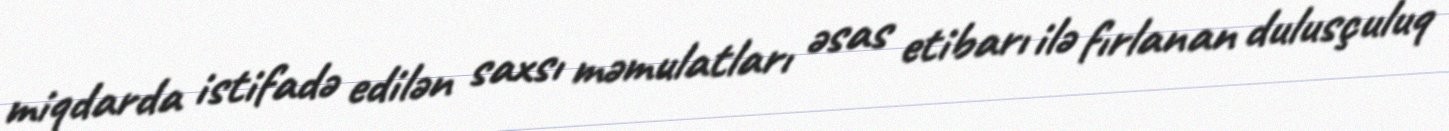
miqdarda istifadə edilən saxsı məmulatları əsas etibarı ilə fırlanan dulusçuluq